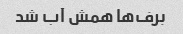
برف‌ها همش آب شد